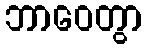
ဘာဝေတွာ